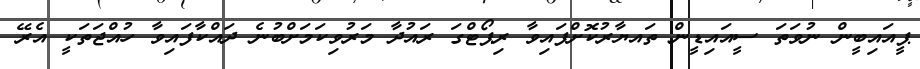
ޕީއައިބީން ނުވަތަ ސީއައިޑީން ތައޔާރުކޮށްފައިވާ ރިޕޯޓްގަ ރައުދާ މަރުވިކަމަށްބުނެ ދައްކާފައިވާ ހުއްޖަތަކީ އެރޭ